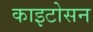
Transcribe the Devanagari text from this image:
काइटोसन